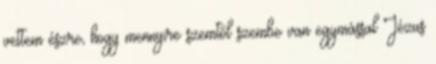
vettem észre, hogy mennyire szemtől szembe van egymással Jézus